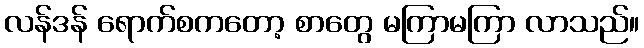
လန်ဒန် ရောက်စကတော့ စာတွေ မကြာမကြာ လာသည်။